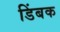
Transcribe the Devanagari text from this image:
डिंबक